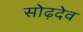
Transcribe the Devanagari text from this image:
सोढ़देव